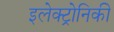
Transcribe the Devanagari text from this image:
इलेक्ट्रोनिकी